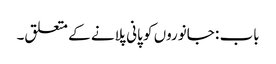
باب : جانوروں کو پانی پلانے کے متعلق۔